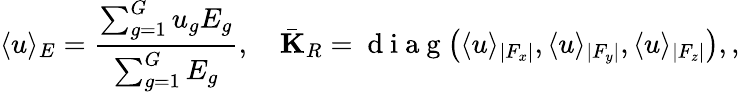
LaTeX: \langle u\rangle_{E}=\frac{\sum_{g=1}^{G}u_{g}E_{g}}{\sum_{g=1}^{G}E_{g}},\quad\bar{\mathbf{K}}_{R}=\mathrm{~d~i~a~g~}\big(\langle u\rangle_{|F_{x}|},\langle u\rangle_{|F_{y}|},\langle u\rangle_{|F_{z}|}\big),,